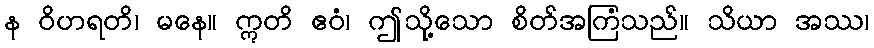
န ဝိဟရတိ၊ မနေ။ ဣတိ ဧဝံ၊ ဤသို့သော စိတ်အကြံသည်။ သိယာ အဿ၊